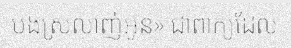
បងស្រលាញ់អូន» ជាពាក្យដែល